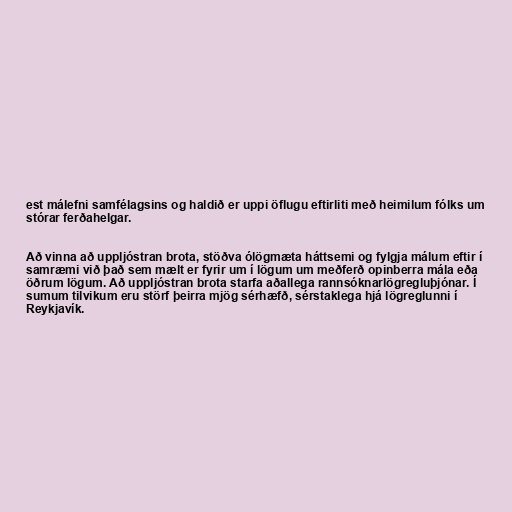
est málefni samfélagsins og haldið er uppi öflugu eftirliti með heimilum fólks um
stórar ferðahelgar.

Að vinna að uppljóstran brota, stöðva ólögmæta háttsemi og fylgja málum eftir í
samræmi við það sem mælt er fyrir um í lögum um meðferð opinberra mála eða
öðrum lögum. Að uppljóstran brota starfa aðallega rannsóknarlögregluþjónar. Í
sumum tilvikum eru störf þeirra mjög sérhæfð, sérstaklega hjá lögreglunni í
Reykjavík.